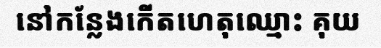
នៅកន្លែងកើតហេតុឈ្មោះ គុយ